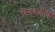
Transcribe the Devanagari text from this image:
तिरुकर्तीगई